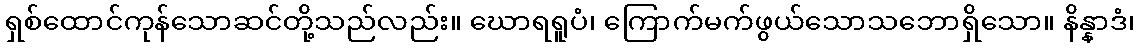
ရှစ်ထောင်ကုန်သောဆင်တို့သည်လည်း။ ဃောရရူပံ၊ ကြောက်မက်ဖွယ်သောသဘောရှိသော။ နိန္နာဒံ၊